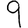
Digit: 9